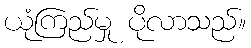
ယုံကြည်မှု ပိုလာသည်။